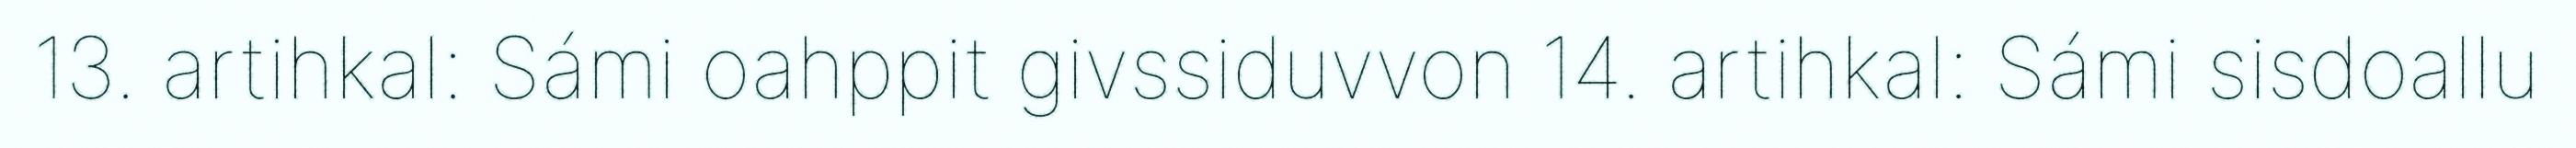
13. artihkal: Sámi oahppit givssiduvvon 14. artihkal: Sámi sisdoallu